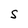
Character: S